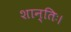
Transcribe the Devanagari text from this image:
शान्तिः।